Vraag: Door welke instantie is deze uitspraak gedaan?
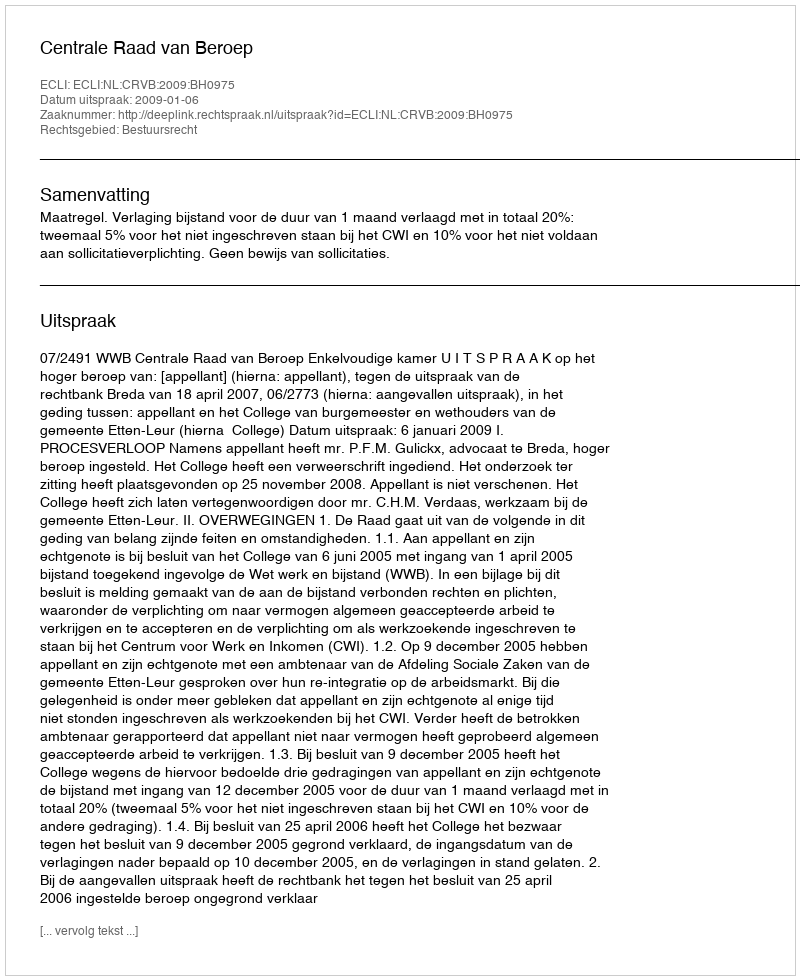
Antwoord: Centrale Raad van Beroep